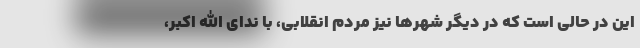
این در حالی است که در دیگر شهرها نیز مردم انقلابی، با ندای الله اکبر،